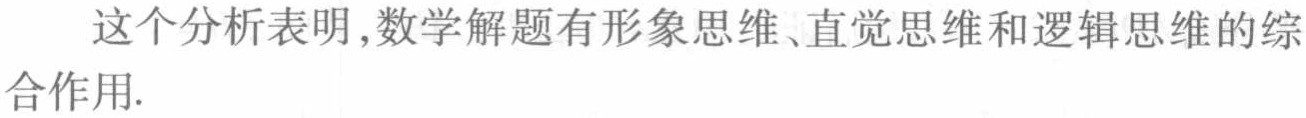
这个分析表明,数学解题有形象思维、直觉思维和逻辑思维的综合作用.